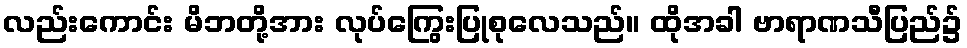
လည်းကောင်း မိဘတို့အား လုပ်ကြွေးပြုစုလေသည်။ ထိုအခါ ဗာရာဏသီပြည်၌